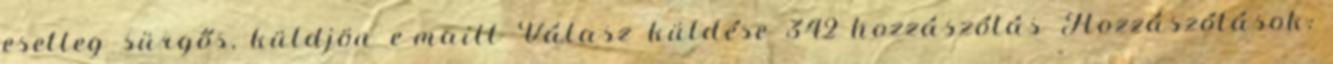
esetleg sürgős, küldjön e-mailt Válasz küldése 342 hozzászólás Hozzászólások: